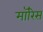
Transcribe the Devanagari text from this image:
माॅरिस